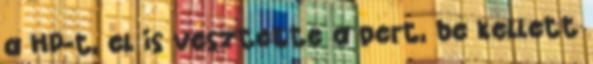
a HP-t, el is vesztette a pert, be kellett